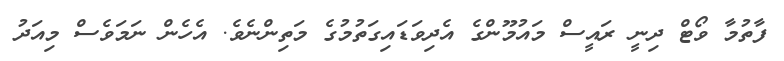
ފާތުމާ ވޯޓް ދިނީ ރައީސް މައުމޫންގެ އެދިވަޑައިގަތުމުގެ މަތިންނެވެ. އެހެން ނަމަވެސް މިއަދު